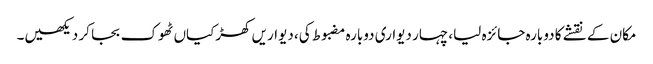
مکان کے نقشے کا دوبارہ جائزہ لیا، چہار دیواری دوبارہ مضبوط کی، دیواریں کھڑکیاں ٹھوک بجا کر دیکھیں۔